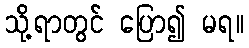
သို့ရာတွင် ပြော၍ မရ။